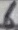
Text: 6